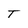
Character: T